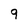
Character: 9